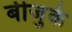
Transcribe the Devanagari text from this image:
बीजुके